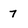
Character: 7